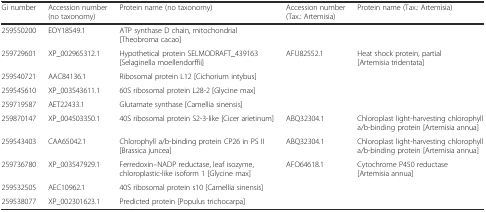
| Gi number | Accession number (no taxonomy) | Protein name (no taxonomy) | Accession number (Tax.: Artemisia) | Protein name (Tax.: Artemisia) |
 | --- | --- | --- | --- | --- |
 | 259550200 | EOY18549.1 | ATP synthase D chain, mitochondrial [Theobroma cacao] |  |  |
 | 259729601 | XP_002965312.1 | Hypothetical protein SELMODRAFT_439163 [Selaginella moellendorffii] | AFU82552.1 | Heat shock protein, partial [Artemisia tridentata] |
 | 259540721 | AAC84136.1 | Ribosomal protein L12 [Cichorium intybus] |  |  |
 | 259545610 | XP_003543611.1 | 60S ribosomal protein L28-2 [Glycine max] |  |  |
 | 259719587 | AET22433.1 | Glutamate synthase [Camellia sinensis] |  |  |
 | 259870147 | XP_004503350.1 | 40S ribosomal protein S2-3-like [Cicer arietinum] | ABQ32304.1 | Chloroplast light-harvesting chlorophyll a/b-binding protein [Artemisia annua] |
 | 259543403 | CAA65042.1 | Chlorophyll a/b-binding protein CP26 in PS II [Brassica juncea] | ABQ32304.1 | Chloroplast light-harvesting chlorophyll a/b-binding protein [Artemisia annua] |
 | 259736780 | XP_003547929.1 | Ferredoxin--NADP reductase, leaf isozyme, chloroplastic-like isoform 1 [Glycine max] | AFO64618.1 | Cytochrome P450 reductase [Artemisia annua] |
 | 259532505 | AEC10962.1 | 40S ribosomal protein s10 [Camellia sinensis] |  |  |
 | 259538077 | XP_002301623.1 | Predicted protein [Populus trichocarpa] |  |  |